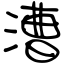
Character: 漕